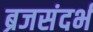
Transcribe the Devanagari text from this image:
ब्रजसंदर्भ